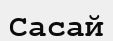
Сасай